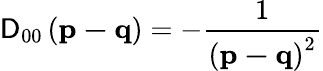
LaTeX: \mathsf{D}_{00}\left(\mathbf{{p-q}}\right)=-\frac{{1}}{{\left(\mathbf{{p-q}}\right)^{2}}}